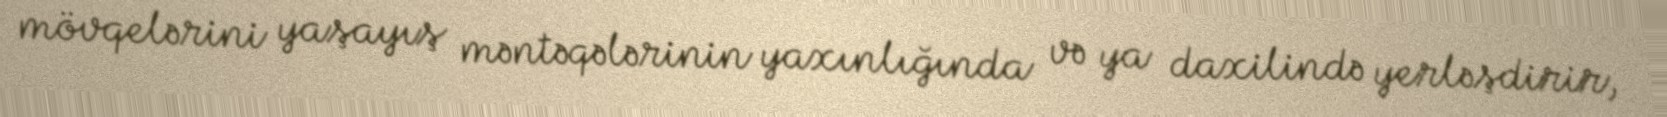
mövqelərini yaşayış məntəqələrinin yaxınlığında və ya daxilində yerləşdirir,